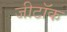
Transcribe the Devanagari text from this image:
जीटॉक